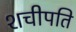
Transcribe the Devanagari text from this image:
शचीपति